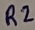
Text: R2